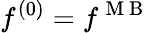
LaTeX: f^{(0)}=f^{\mathrm{~M~B~}}